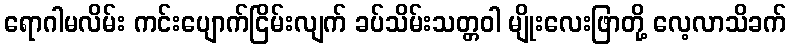
ရောဂါမလိမ်း ကင်းပျောက်ငြိမ်းလျက် ခပ်သိမ်းသတ္တဝါ မျိုးလေးဖြာတို့ လေ့လာသိခက်